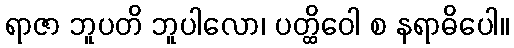
ရာဇာ ဘူပတိ ဘူပါလော၊ ပတ္ထိဝေါ စ နရာဓိပေါ။